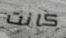
كانت